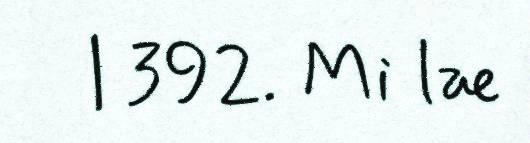
| 392. Mi læ